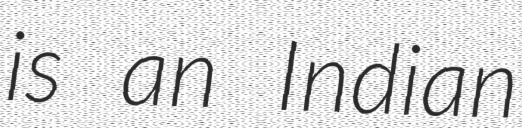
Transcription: is an Indian